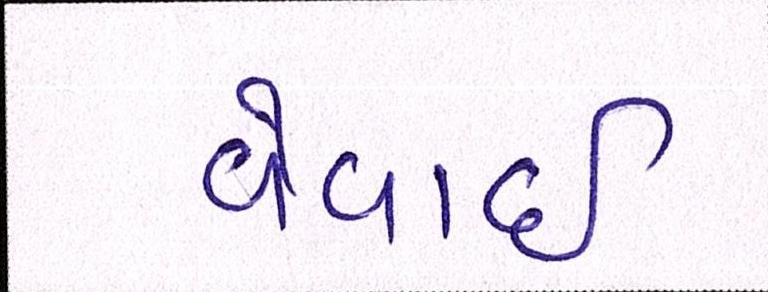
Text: વેવાઈ